Anatomy and histology of ticks - Number 23
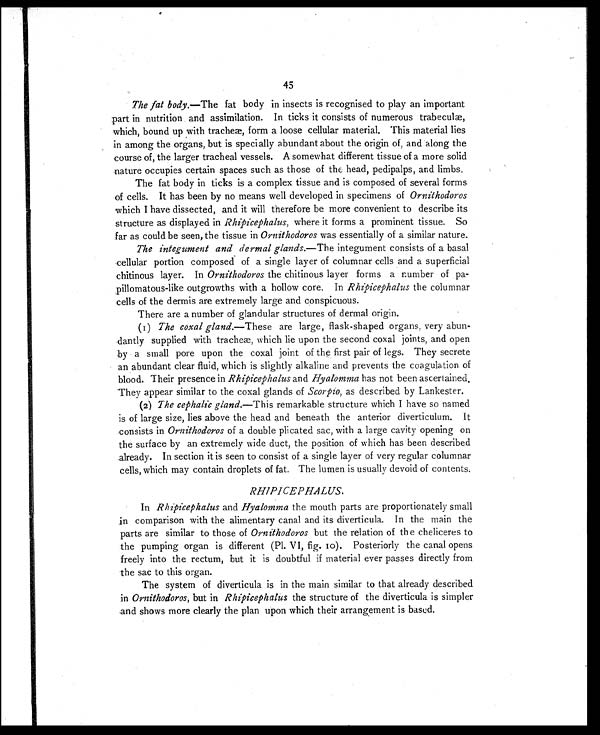
45
The fat body. —The fat body in insects is recognised to play an important
part in nutrition and assimilation. In ticks it consists of numerous trabeculæ,
which, bound up with tracheæ, form a loose cellular material. This material lies
in among the organs, but is specially abundant about the origin of, and along the
course of, the larger tracheal vessels. A somewhat different tissue of a more solid
nature occupies certain spaces such as those of the head, pedipalps, and limbs.
The fat body in ticks is a complex tissue and is composed of several forms
of cells. It has been by no means well developed in specimens of Ornithodoros
which I have dissected, and it will therefore be more convenient to describe its
structure as displayed in Rhipicephalus, where it forms a prominent tissue. So
far as could be seen, the tissue in Ornithodoros was essentially of a similar nature.
The integument and dermal glands. —The integument consists of a basal
cellular portion composed of a single layer of columnar cells and a superficial
chitinous layer. In Ornithodoros the chitinous layer forms a number of pa-
pillomatous-like outgrowths with a hollow core. In Rhipicephalus the columnar
cells of the dermis are extremely large and conspicuous.
There are a number of glandular structures of dermal origin.
(1) The coxal gland. —These are large, flask-shaped organs, very abun-
dantly supplied with tracheæ, which lie upon the second coxal joints, and open
by a small pore upon the coxal joint of the first pair of legs. They secrete
an abundant clear fluid, which is slightly alkaline and prevents the coagulation of
blood. Their presence in Rhipicephalus and Hyalomma has not been ascertained.
They appear similar to the coxal glands of Scorpio, as described by Lankester.
(2) The cephalic gland.—This remarkable structure which I have so named
is of large size, lies above the head and beneath the anterior diverticulum. It
consists in Ornithodoros of a double plicated sac, with a large cavity opening on
the surface by an extremely wide duct, the position of which has been described
already. In section it is seen to consist of a single layer of very regular columnar
cells, which may contain droplets of fat. The lumen is usually devoid of contents.
RHIPICEPHALUS.
In Rhipicephalus and Hyalomma the mouth parts are proportionately small
in comparison with the alimentary canal and its diverticula. In the main the
parts are similar to those of Ornithodoros but the relation of the cheliceres to
the pumping organ is different (Pl. VI, fig. 10). Posteriorly the canal opens
freely into the rectum, but it is doubtful if material ever passes directly from
the sac to this organ.
The system of diverticula is in the main similar to that already described
in Ornithodoros, but in Rhipicephalus the structure of the diverticula is simpler
and shows more clearly the plan upon which their arrangement is based.